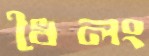
ধৈলং